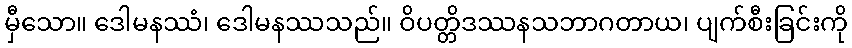
မှီသော။ ဒေါမနဿံ၊ ဒေါမနဿသည်။ ဝိပတ္တိဒဿနသဘာဂတာယ၊ ပျက်စီးခြင်းကို